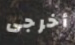
أخرجى